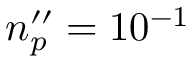
n _ { p } ^ { \prime \prime } = 1 0 ^ { - 1 }